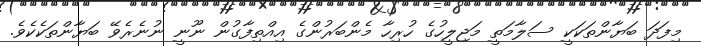
މިފަދަ ބަޔާންތަކަކީ ސަލާމަތީ މަޖިލީހުގެ ހުރިހާ މެންބަރުންގެ އިއްތިފާގުން ނޫނީ ނުނެރެވޭ ބަޔާންތަކެކެވެ.